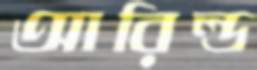
আরিল্ড